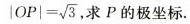
$$| O P | = \sqrt { 3 }$$，求P的极坐标.